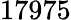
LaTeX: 17975